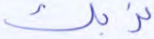
نربك